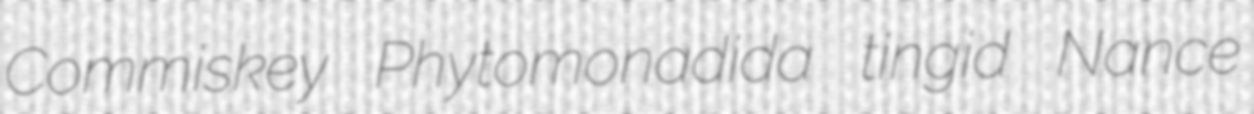
Commiskey Phytomonadida tingid Nance